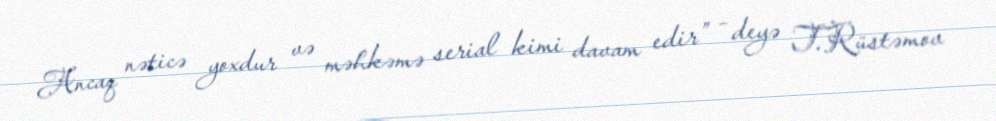
Ancaq nəticə yoxdur və məhkəmə serial kimi davam edir” - deyə T.Rüstəmov